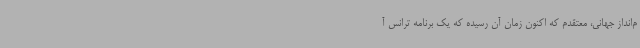
م‌انداز جهانی، معتقدم که اکنون زمان آن رسیده که یک برنامه ترانس آ